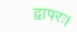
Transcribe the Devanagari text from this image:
द्वापरः।